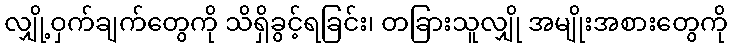
လျှို့ဝှက်ချက်တွေကို သိရှိခွင့်ရခြင်း၊ တခြားသူလျှို အမျိုးအစားတွေကို